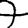
Digit: 7